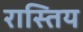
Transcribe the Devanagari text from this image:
रास्तिय